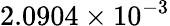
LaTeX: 2.0904\times 10^{-3}